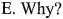
E. Why?